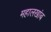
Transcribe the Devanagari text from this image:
महालखांब